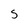
Character: s